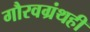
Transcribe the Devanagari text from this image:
गौरवग्रंथही